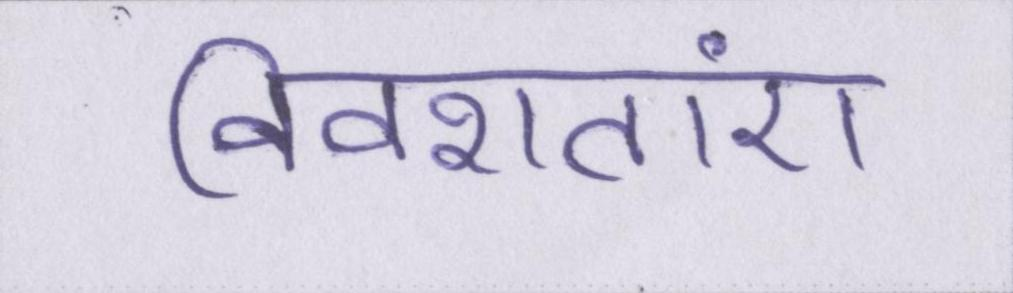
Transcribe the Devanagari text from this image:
विवशताएं